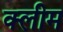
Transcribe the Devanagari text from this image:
क्लीम